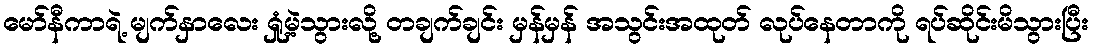
မော်နီကာရဲ့ မျက်နှာလေး ရှုံ့မဲ့သွားလို့ တချက်ချင်း မှန်မှန် အသွင်းအထုတ် လုပ်နေတာကို ရပ်ဆိုင်းမိသွားပြီး